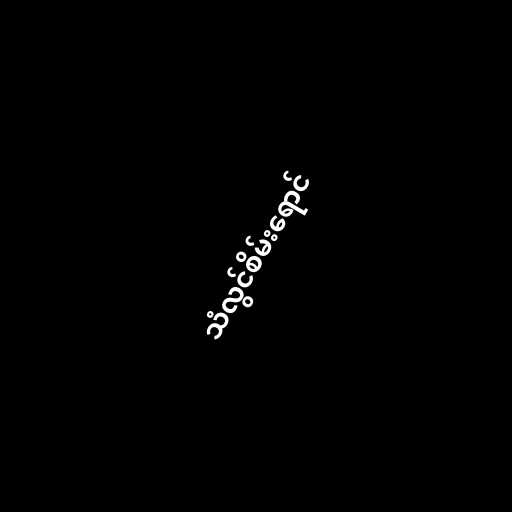
သံလွင်စိမ်းရောင်